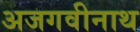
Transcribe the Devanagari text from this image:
अजगवीनाथ